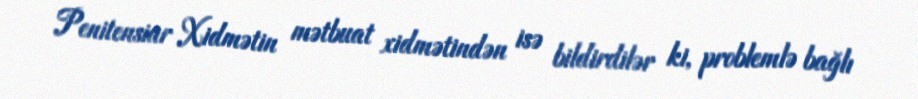
Penitensiar Xidmətin mətbuat xidmətindən isə bildirdilər ki, problemlə bağlı